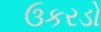
ઉકરડો